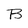
Character: B